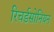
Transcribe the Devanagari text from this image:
रिचर्डसोनियन